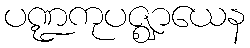
ပဏ္ဍကုပဇ္ဈာယေန